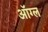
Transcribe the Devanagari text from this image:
ऑग्ल